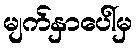
မျက်နှာပေါ်မှ